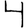
Digit: 4